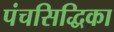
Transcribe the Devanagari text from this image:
पंचसिद्धिका